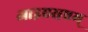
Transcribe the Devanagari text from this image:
आइएसएम्